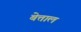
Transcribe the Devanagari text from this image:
बेत्ताल